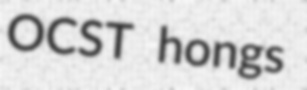
OCST hongs